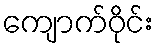
ကျောက်ဝိုင်း